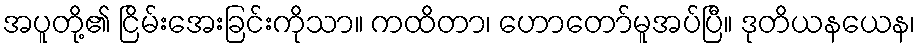
အပူတို့၏ ငြိမ်းအေးခြင်းကိုသာ။ ကထိတာ၊ ဟောတော်မူအပ်ပြီ။ ဒုတိယနယေန၊